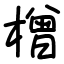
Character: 橧